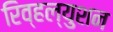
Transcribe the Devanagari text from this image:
रिव्हल्युशन